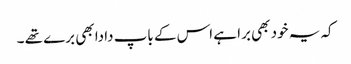
کہ یہ خود بھی برا ہے اس کے باپ دادا بھی برے تھے ۔